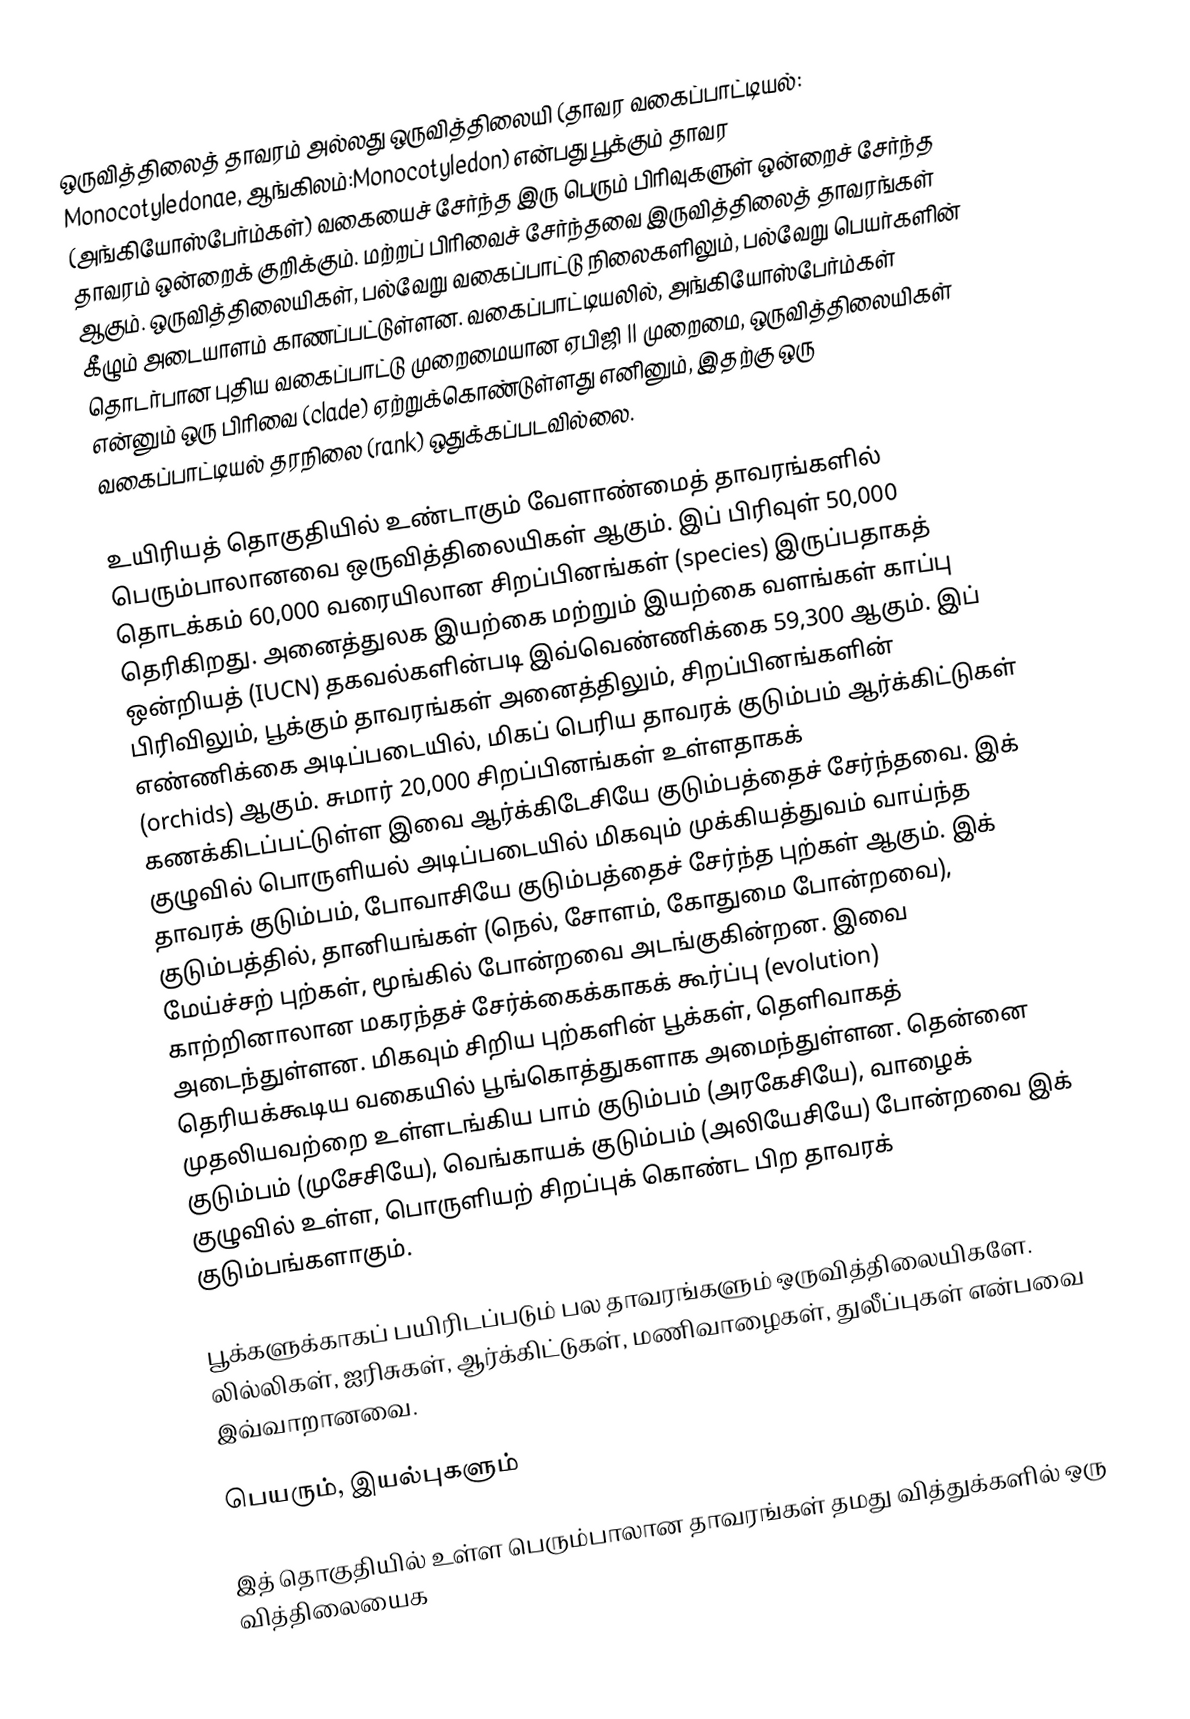
ஒருவித்திலைத் தாவரம் அல்லது ஒருவித்திலையி (தாவர வகைப்பாட்டியல்: Monocotyledonae, ஆங்கிலம்:Monocotyledon) என்பது பூக்கும் தாவர (அங்கியோஸ்பேர்ம்கள்) வகையைச் சேர்ந்த இரு பெரும் பிரிவுகளுள் ஒன்றைச் சேர்ந்த தாவரம் ஒன்றைக் குறிக்கும். மற்றப் பிரிவைச் சேர்ந்தவை இருவித்திலைத் தாவரங்கள் ஆகும். ஒருவித்திலையிகள், பல்வேறு வகைப்பாட்டு நிலைகளிலும், பல்வேறு பெயர்களின் கீழும் அடையாளம் காணப்பட்டுள்ளன. வகைப்பாட்டியலில், அங்கியோஸ்பேர்ம்கள் தொடர்பான புதிய வகைப்பாட்டு முறைமையான ஏபிஜி II முறைமை, ஒருவித்திலையிகள் என்னும் ஒரு பிரிவை (clade) ஏற்றுக்கொண்டுள்ளது எனினும், இதற்கு ஒரு வகைப்பாட்டியல் தரநிலை (rank) ஒதுக்கப்படவில்லை.

உயிரியத் தொகுதியில் உண்டாகும் வேளாண்மைத் தாவரங்களில் பெரும்பாலானவை ஒருவித்திலையிகள் ஆகும். இப் பிரிவுள் 50,000 தொடக்கம் 60,000 வரையிலான சிறப்பினங்கள் (species) இருப்பதாகத் தெரிகிறது. அனைத்துலக இயற்கை மற்றும் இயற்கை வளங்கள் காப்பு ஒன்றியத் (IUCN)   தகவல்களின்படி இவ்வெண்ணிக்கை 59,300 ஆகும். இப் பிரிவிலும், பூக்கும் தாவரங்கள் அனைத்திலும், சிறப்பினங்களின் எண்ணிக்கை அடிப்படையில், மிகப் பெரிய தாவரக் குடும்பம் ஆர்க்கிட்டுகள் (orchids) ஆகும். சுமார் 20,000 சிறப்பினங்கள் உள்ளதாகக் கணக்கிடப்பட்டுள்ள இவை ஆர்க்கிடேசியே குடும்பத்தைச் சேர்ந்தவை. இக் குழுவில் பொருளியல் அடிப்படையில் மிகவும் முக்கியத்துவம் வாய்ந்த தாவரக் குடும்பம், போவாசியே குடும்பத்தைச் சேர்ந்த புற்கள் ஆகும். இக் குடும்பத்தில், தானியங்கள் (நெல், சோளம், கோதுமை போன்றவை), மேய்ச்சற் புற்கள், மூங்கில் போன்றவை அடங்குகின்றன. இவை காற்றினாலான மகரந்தச் சேர்க்கைக்காகக் கூர்ப்பு (evolution) அடைந்துள்ளன. மிகவும் சிறிய புற்களின் பூக்கள், தெளிவாகத் தெரியக்கூடிய வகையில் பூங்கொத்துகளாக அமைந்துள்ளன. தென்னை முதலியவற்றை உள்ளடங்கிய பாம் குடும்பம் (அரகேசியே), வாழைக் குடும்பம் (முசேசியே), வெங்காயக் குடும்பம் (அலியேசியே) போன்றவை இக் குழுவில் உள்ள, பொருளியற் சிறப்புக் கொண்ட பிற தாவரக் குடும்பங்களாகும்.

பூக்களுக்காகப் பயிரிடப்படும் பல தாவரங்களும் ஒருவித்திலையிகளே. லில்லிகள், ஐரிசுகள், ஆர்க்கிட்டுகள், மணிவாழைகள், துலீப்புகள் என்பவை இவ்வாறானவை.

பெயரும், இயல்புகளும்

இத் தொகுதியில் உள்ள பெரும்பாலான தாவரங்கள் தமது வித்துக்களில் ஒரு வித்திலையைக